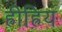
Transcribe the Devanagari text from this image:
ह्रीह्रियं